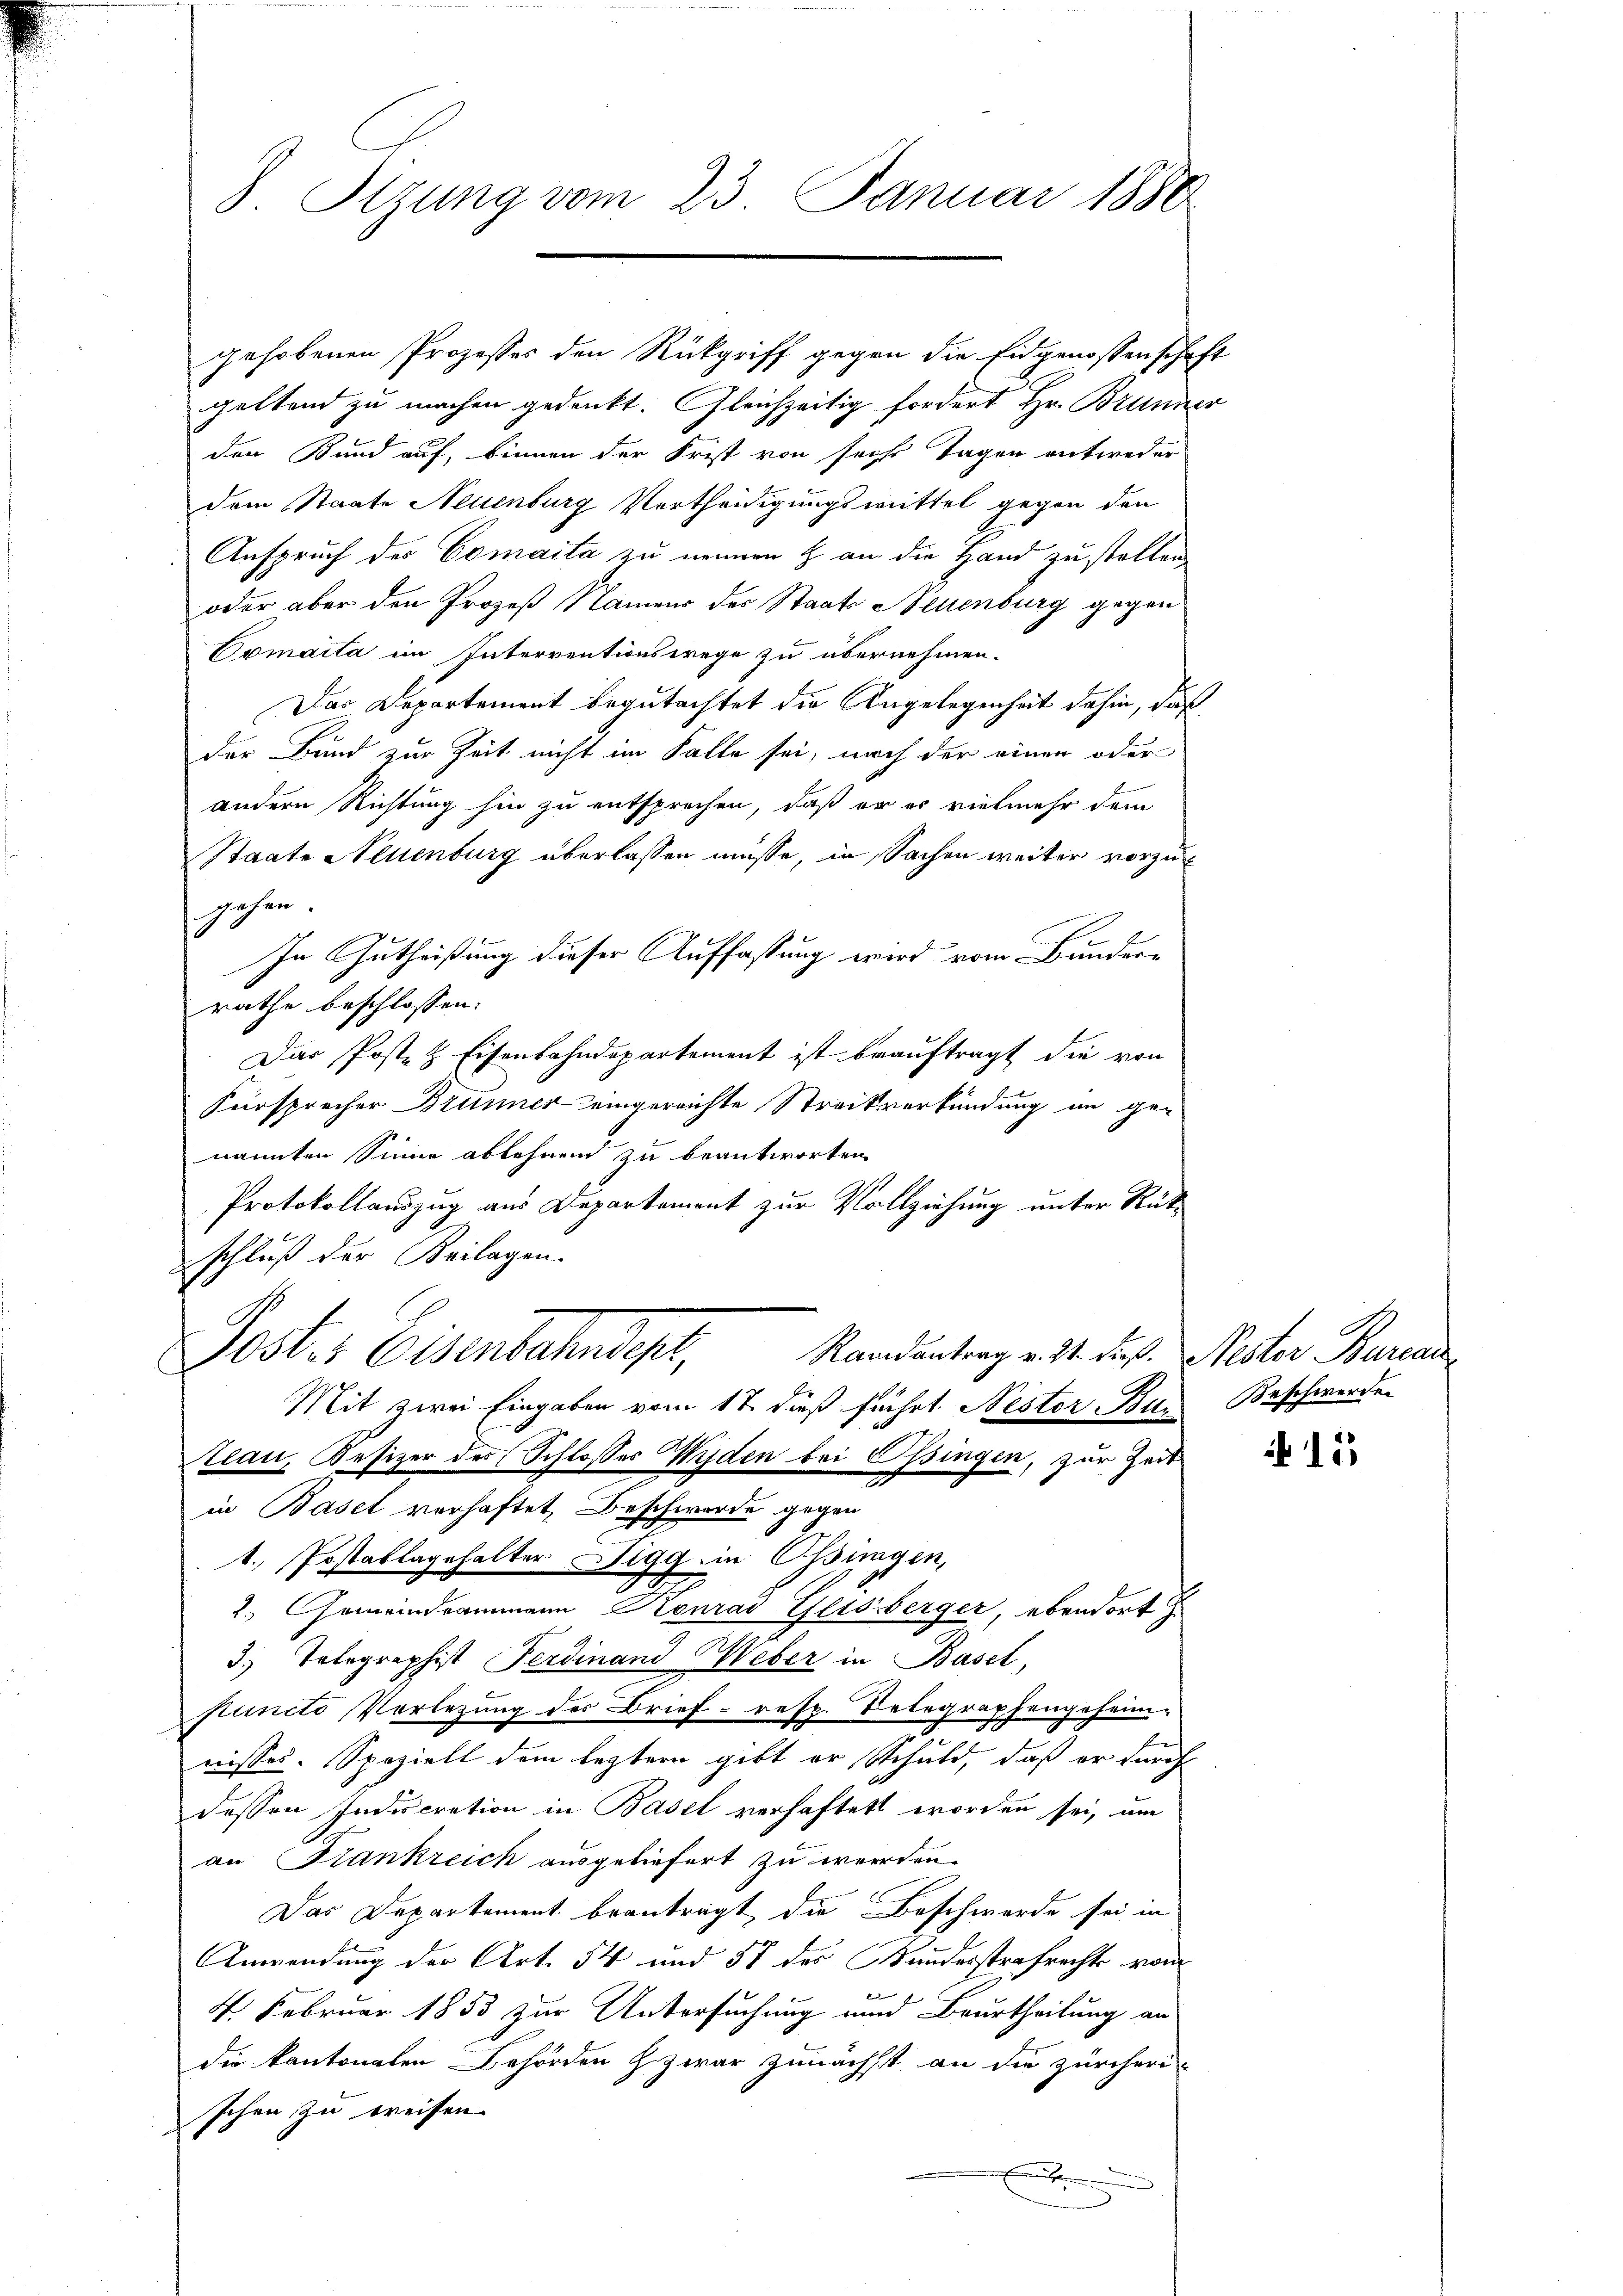
S. Tizung vom 23. Januar 1880

gehobenen Prozesses den Rückgriff gegen die Eidgenossenschaft
geltend zu machen gedenkt. Gleichzeitig fordert Hr. Brunner
den Bund auf, binnen der Frist von sechs Tagen entweder
dem Staate Neuenburg Vertheidigungsmittel gegen den
Anspruch des Comaita zu nennen & an die Hand zu stellen
oder aber den Prozeß Namens des Staats Neuenburg gegen
Comaita im Interventionswege zu übernehmen.
Das Departement begutachtet die Angelegenheit dahin, daß
der Bund zur Zeit nicht im Falle sei, nach der einen oder
andern Richtung hin zu entsprechen, daß er er vielmehr dem
Staate Neuenburg überlassen müsse, in Sachen weiter vorzugehen.
In Gutheißung dieser Auffassung wird vom Bunderrathe beschlossen:
Das Posten Eisenbahndepartement ist beauftragt die von
Fürsprecher Brunner eingereichte Streikverkündung in genannten Sinne ablehnend zu beantworten
Protokollauszug aus Departement zur Vollziehung unter Rückschluß der Beilagen.
Poster Eisenbahnsgut,
Randantrag v. 24. dieß. Nestor Bureau
Mit zwei Eingaben vom 17. dieß suchet Nestor Bin Beschwerden
teau, Besizer des Schlosses Wyden bei Ossingen, zur Zeit
2
in Basel verhaftet, Beschwerde gegen
1. Postablagehalter Digg in Ossingen,
2.) Gemeindrammann Konrad Glisberger, ebendort z
3.) Telegraphist Ferdinand Weber in Basel,
puncto Vorlegung des Brief - resp. Belegraphengeheimh
nisses. Speziell dem leztern gibt er Schuld, daß er durch
dessen Indiscretion in Basel verhaftet worden sei, um
an Frankreich ausgeliefert zu werden.
Das Departement beanträgt die Beschwerde sei in
Anwendung der Art. 54 und 57 des Bundesstrafrechts vom
d
4. Februar 1853 zur Untersuchung und Beurtheilung an
die kantonalen Behörden h. zwar zunächst, an die zürcheri-
schen zu breisen.
.

15